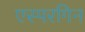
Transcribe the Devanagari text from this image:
एस्परगिन